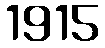
1915